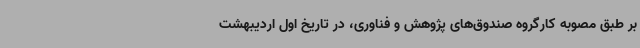
بر طبق مصوبه کارگروه صندوق‌های پژوهش و فناوری، در تاریخ اول اردیبهشت